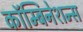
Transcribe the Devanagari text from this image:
कॉम्बिनेशन्स